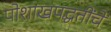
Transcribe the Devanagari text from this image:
पोशाखपद्धतींचे